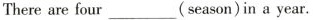
There are four___( season) in a year.